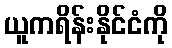
ယူကရိန်းနိုင်ငံကို